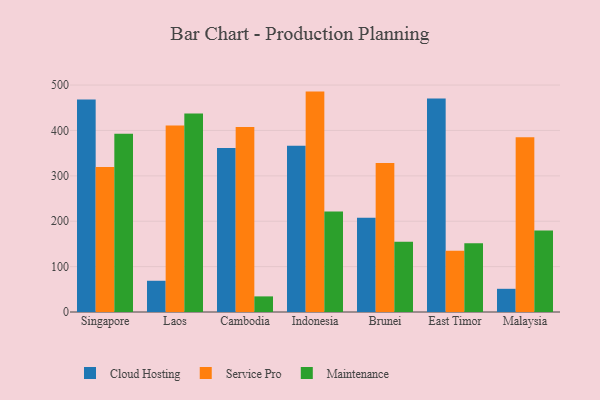
{"axis": {"x": "Country", "y": "Headcount"}, "legend": ["Cloud Hosting", "Maintenance", "Service Pro"], "data": [{"x": "Singapore", "y": 468.0, "type": "Cloud Hosting"}, {"x": "Singapore", "y": 319.7, "type": "Service Pro"}, {"x": "Singapore", "y": 392.6, "type": "Maintenance"}, {"x": "Laos", "y": 68.8, "type": "Cloud Hosting"}, {"x": "Laos", "y": 410.7, "type": "Service Pro"}, {"x": "Laos", "y": 437.4, "type": "Maintenance"}, {"x": "Cambodia", "y": 361.1, "type": "Cloud Hosting"}, {"x": "Cambodia", "y": 407.6, "type": "Service Pro"}, {"x": "Cambodia", "y": 34.4, "type": "Maintenance"}, {"x": "Indonesia", "y": 366.1, "type": "Cloud Hosting"}, {"x": "Indonesia", "y": 485.6, "type": "Service Pro"}, {"x": "Indonesia", "y": 221.3, "type": "Maintenance"}, {"x": "Brunei", "y": 207.9, "type": "Cloud Hosting"}, {"x": "Brunei", "y": 328.5, "type": "Service Pro"}, {"x": "Brunei", "y": 154.9, "type": "Maintenance"}, {"x": "East Timor", "y": 470.4, "type": "Cloud Hosting"}, {"x": "East Timor", "y": 135.0, "type": "Service Pro"}, {"x": "East Timor", "y": 151.3, "type": "Maintenance"}, {"x": "Malaysia", "y": 51.1, "type": "Cloud Hosting"}, {"x": "Malaysia", "y": 384.8, "type": "Service Pro"}, {"x": "Malaysia", "y": 179.6, "type": "Maintenance"}]}